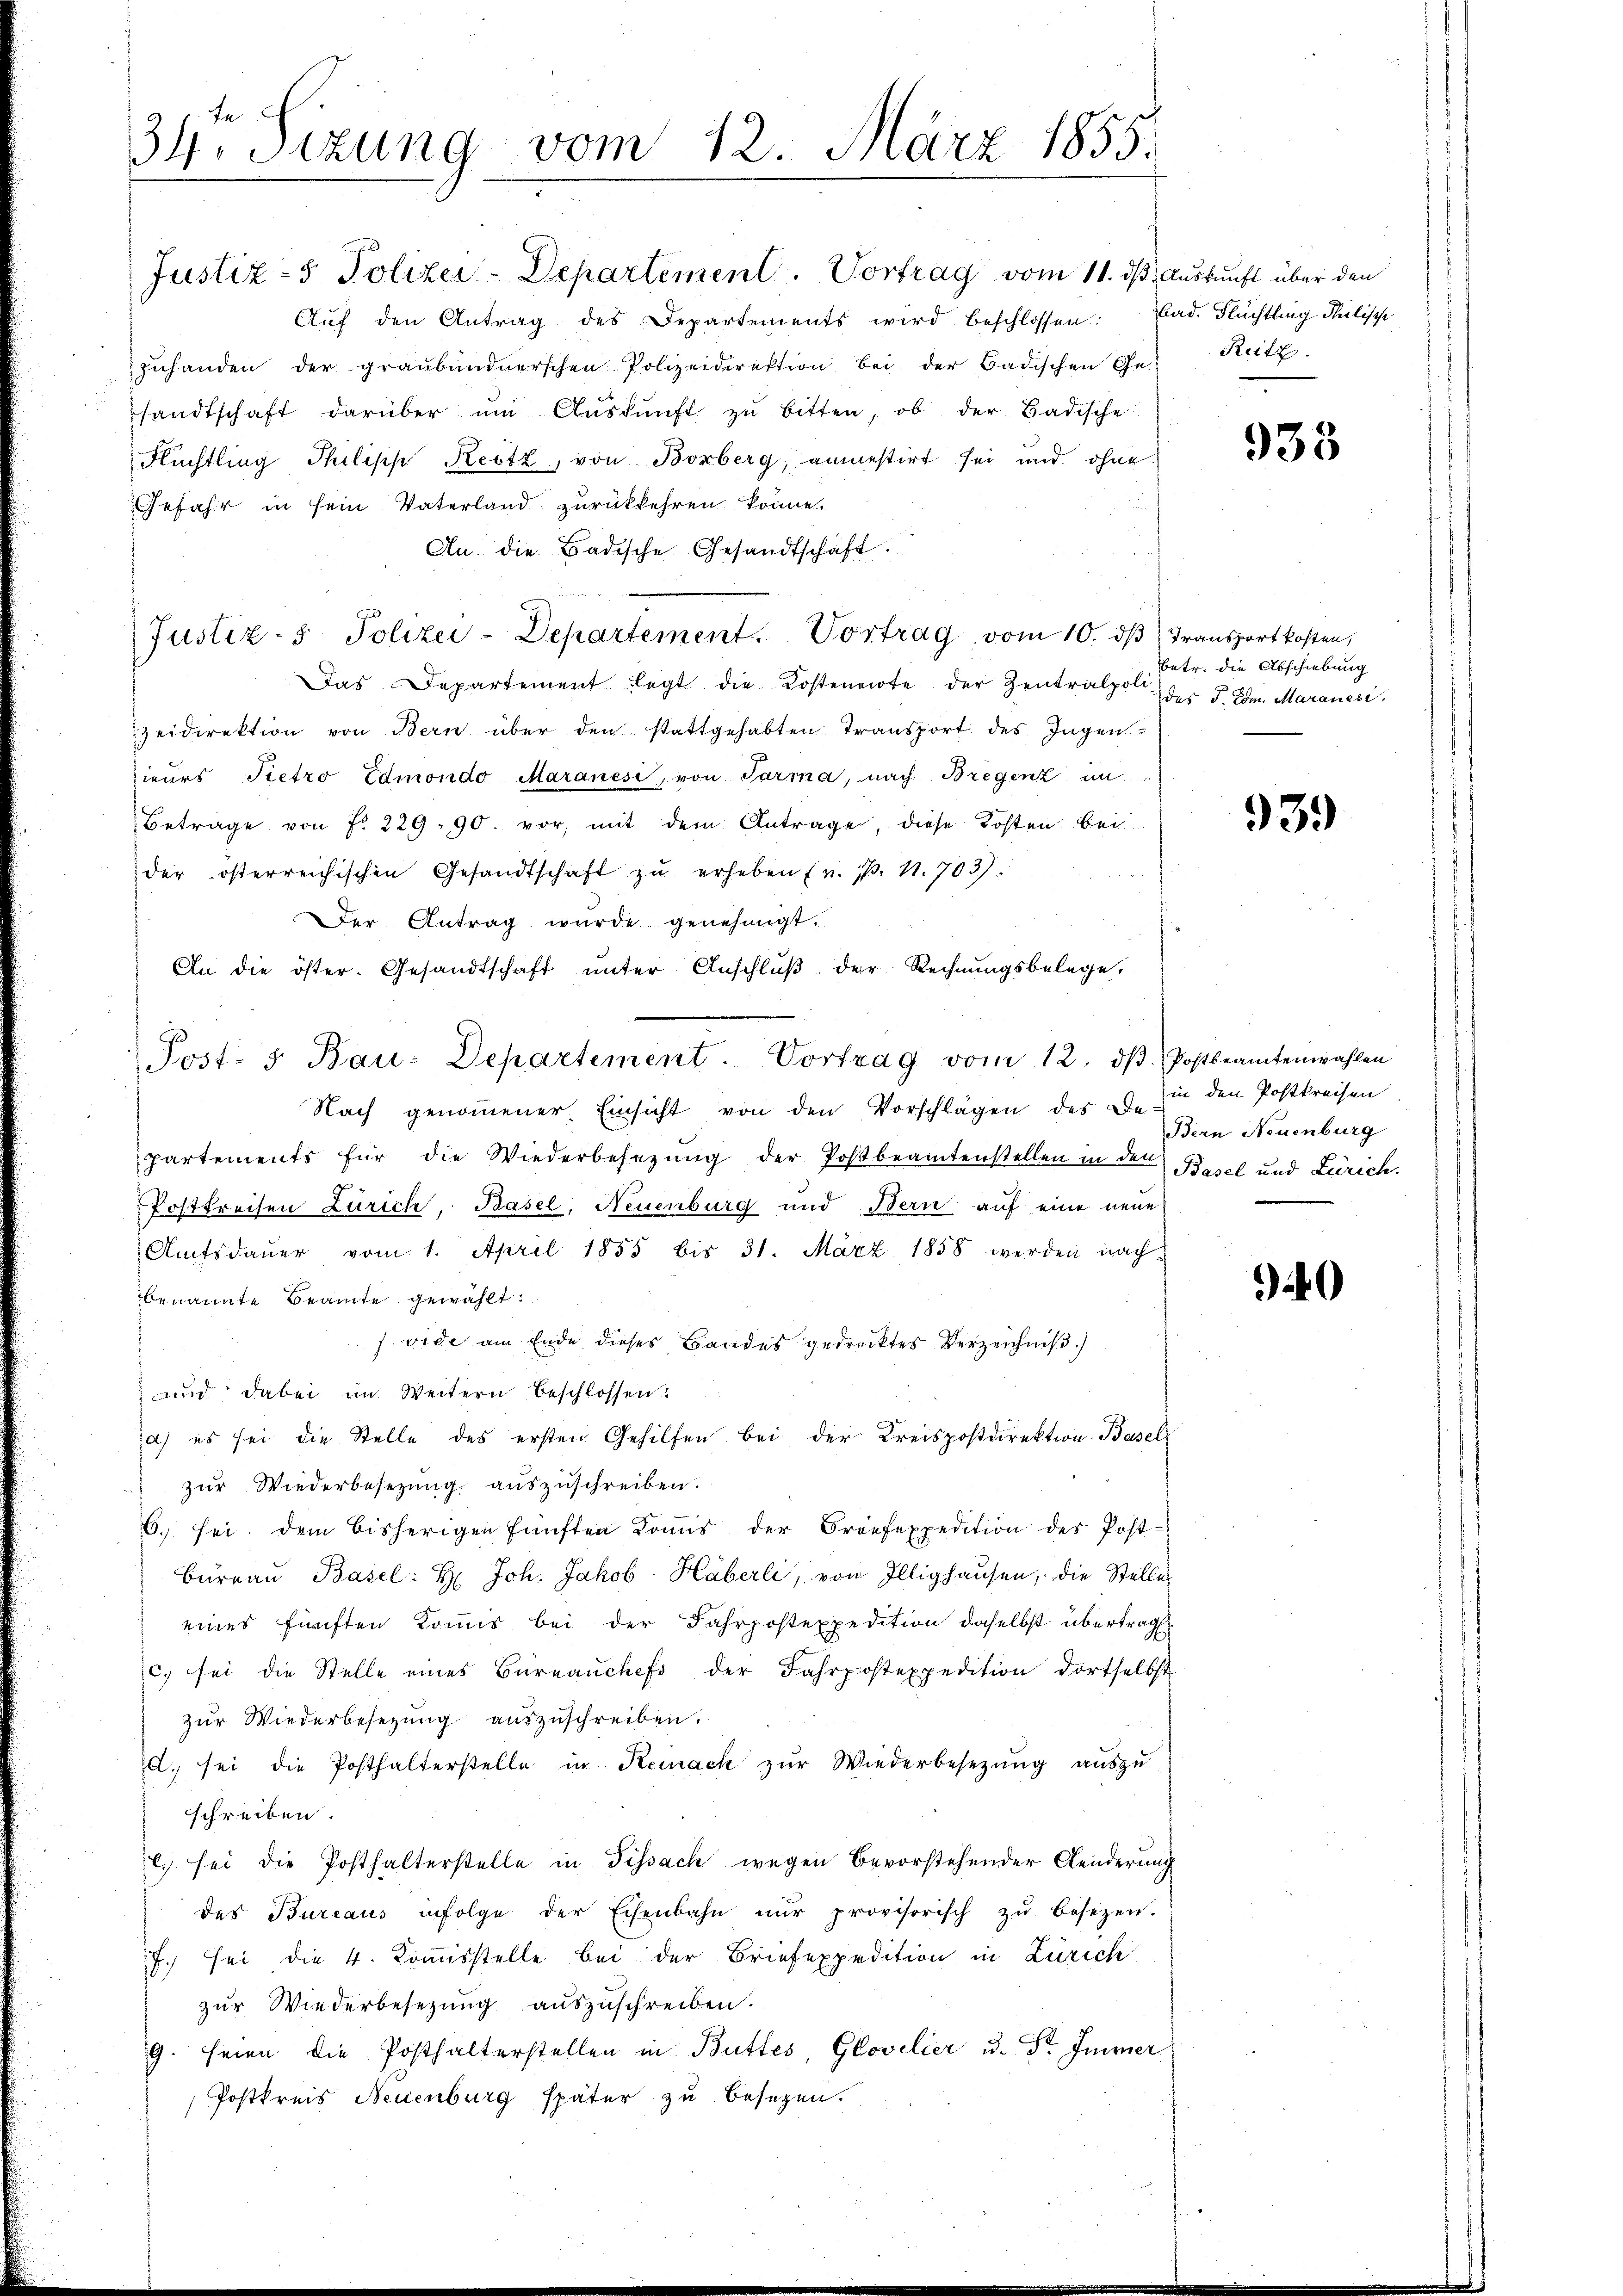
te
34. Sezung vom 12. März 1855.

Justiz- & Polizei-Departement. Vortrag vom 11. ds Auskunft über den
Aŭf den Antrag des Departements wird beschlossen: Bad. Flüchtling Milische
zŭhanden der graubündnerschen Polizeidirektion bei der Badischen Ge-
sandtschaft darüber ŭm Aŭskŭnft zŭ bitten, ob der Badische
Flüchtling Philipp Reitz, von Borberg, anmestirt sei und ohne
Gefahr in sein Vaterland zurückkehren könne.
An die Badische Gesandtschaft.
Justiz- & Polizei-Departement. Vortrag vom 10. dβ Transportkosten,
Das Departement legt die Kosteneite der Zentralpoli
zeidirektion von Bern über den stattgehabten Transport des Ingen
ieurs Pietro Edmondo Maranesi, von Parma, nach Bregenz un
Betrage von Fr. 229. 90. vor, mit dem Antrage, diese Kosten bei
der österreichischen Gesandtschaft zŭ erheben (v. 1. N. 703).
Der Antrag wurde genehmigt.
An die öster. Gesandtschaft unter Anschlŭβ der Rechnungsbelege,
Nach genommener Einsicht von den Vorschlägen des De-
partements für die Wiederbesetzŭng der Postbeamtenstellen in den Basel und Zürich.
Postkreisen Zürich, Basel, Neuenburg und Bern auf eine neue
Amtsdauer vom 1. April 1855 bis 31. März 1858 werden nach
benannte Beamte gewählt:
 vide am Ende dieses Bandes gedrucktes Verzeichniß
.
und dabei im Weitern beschlossen:
a) es sei die Stelle des ersten Gehilfen bei der Kreispostdirektion Basel
zur Wiederbesezung auszuschreiben.
6. sei dem bisherigen fünften Komis der Breesexpedition des Post-
Bureau Basel: H: Joh. Jakob Häberli, von Illighausen, die Stelle
eines fünften Kommis bei der Fahrpostexpedition daselbst übertrag
c. sei die Stelle eines Büreaŭchefs der Jahrpostexpedition dortselbst
zur Wiederbesezung auszuschreiben.
d. sei die Posthalterstelle in Reinach zŭr Wiederbesetzŭng aŭszŭ-
schreiben.
c. sei die Posthalterstelle in Fissach wegen bevorstehender Aenderung
des Bureaus infolge der Eisenbahn nŭr provisorisch zŭ besezen.
7. sei die 4. Kommisstelle bei der Briefexpedition in Zürich
zur Wiederbesezung auszuschreiben.
9. seien die Posthalterstellen in Buttes, Glovilier u. Dr. Immer
Postkreis Neuenburg später zu besezen.

Post. 5. Bau-Departement. Vortrag vom 12. dβ. Postbeamtenwahlen

Reitz.

935

betr. die Abschiebung
des J. Edm. Maraneri,

939

in den Postkreisen.
Bern Neuenburg

40